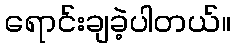
ရောင်းချခဲ့ပါတယ်။